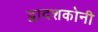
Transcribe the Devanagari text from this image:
द्वादशकोनी